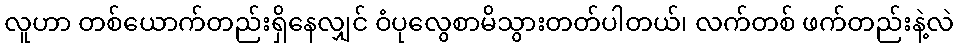
လူဟာ တစ်ယောက်တည်းရှိနေလျှင် ဝံပုလွေစာမိသွားတတ်ပါတယ်၊ လက်တစ် ဖက်တည်းနဲ့လဲ